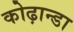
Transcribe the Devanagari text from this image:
कोढ़ान्‍डा